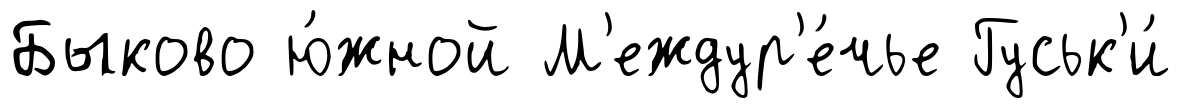
Быково ю́жной М'еждур'е́чье Гуськ'и́